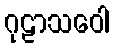
ဂုဠာသဝေါ